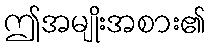
ဤအမျိုးအစား၏